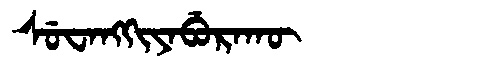
Manchu: ᠰᡠᠸᠠᠩᡴᡳᠶᠠᠪᡠᡵᠠᡴᡡ
Romanization: SUWANGKIYABURAKŪ